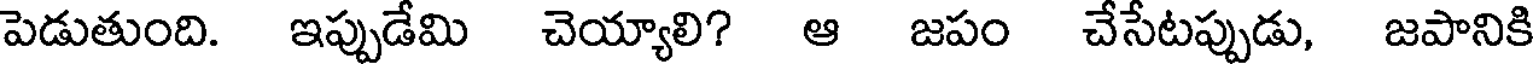
పెడుతుంది. ఇప్పుడేమి చెయ్యాలి? ఆ జపం చేసేటప్పుడు, జపానికి